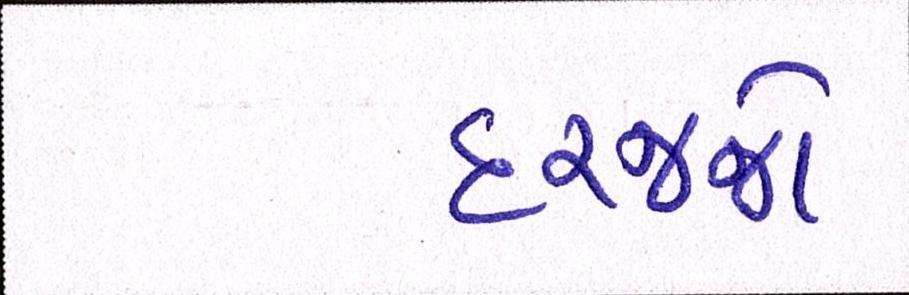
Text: દરજ્જો